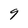
Character: 9